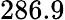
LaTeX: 286.9